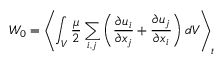
W _ { 0 } = \left\langle \int _ { V } \frac { \mu } { 2 } \sum _ { i , j } \left( \frac { \partial u _ { i } } { \partial x _ { j } } + \frac { \partial u _ { j } } { \partial x _ { i } } \right) d V \right\rangle _ { t }